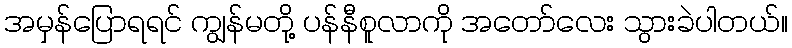
အမှန်ပြောရရင် ကျွန်မတို့ ပန်နီစူလာကို အတော်လေး သွားခဲပါတယ်။